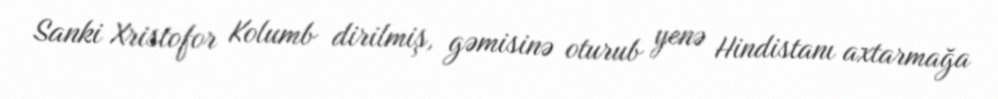
Sanki Xristofor Kolumb dirilmiş, gəmisinə oturub yenə Hindistanı axtarmağa